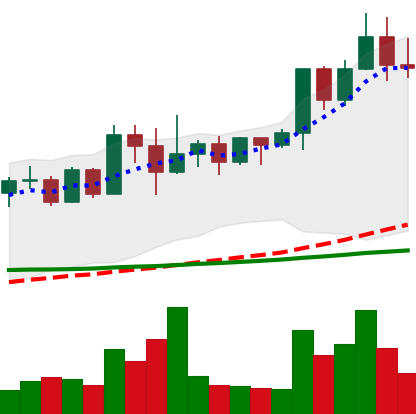
Ticker: XMR-USD
Chart end date: 2022-04-23
Forward return: -14.991%
Label: down_7plus